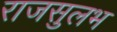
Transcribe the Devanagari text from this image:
राजसुलभ